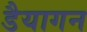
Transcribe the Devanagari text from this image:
डैयागन